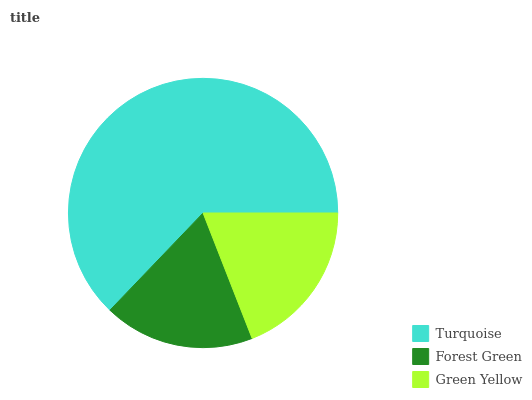
| Turquoise | Forest Green | Green Yellow |
 | --- | --- | --- |
 | 62.8% | 18.1% | 19.1% |